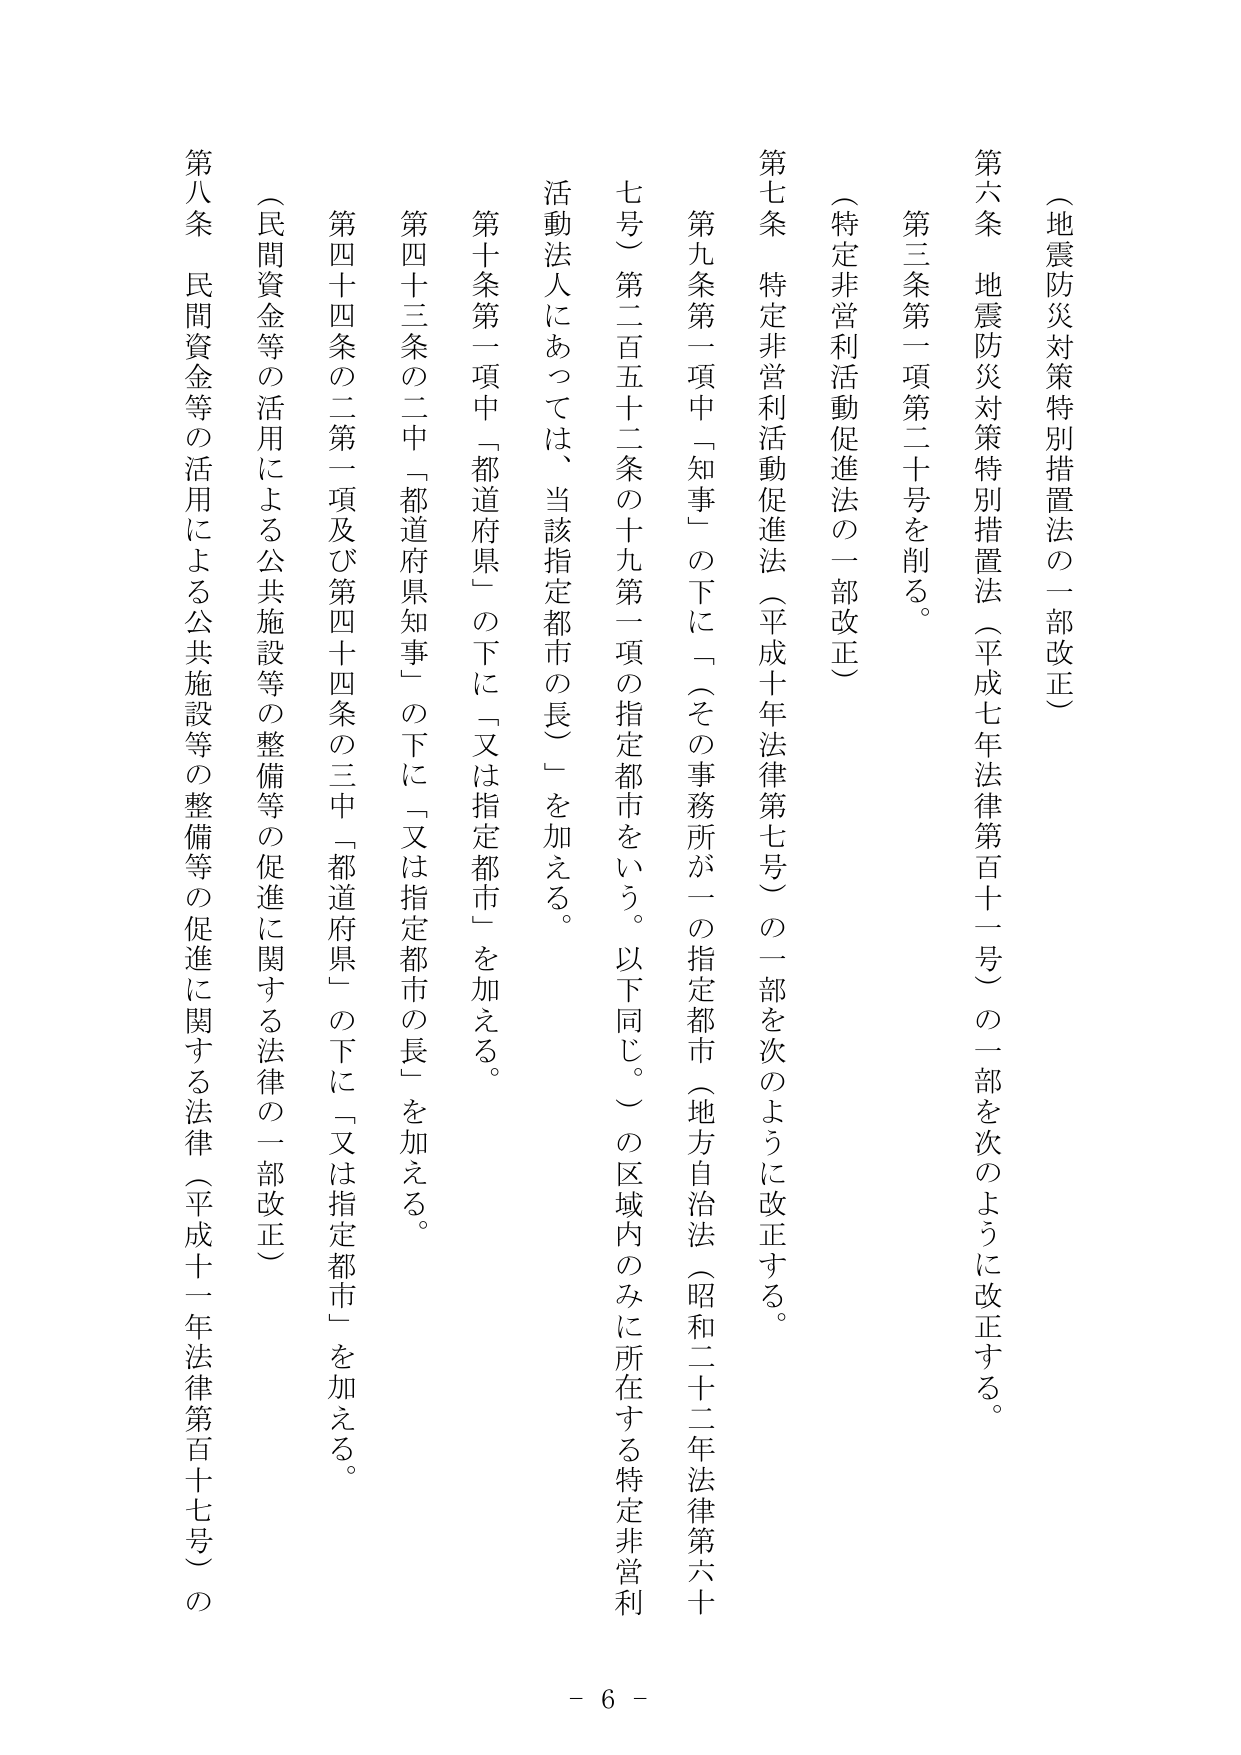
（地震防災対策特別措置法の一部改正）

第六条　地震防災対策特別措置法（平成七年法律第百十一号）の一部を次のように改正する。

　第三条第一項第二十号を削る。

（特定非営利活動促進法の一部改正）

第七条　特定非営利活動促進法（平成十年法律第七号）の一部を次のように改正する。

　第九条第一項中「知事」の下に「（その事務所が一の指定都市（地方自治法（昭和二十二年法律第六十号）第二百五十二条の十九第一項の指定都市をいう。以下同じ。）の区域内のみに所在する特定非営利活動法人にあっては、当該指定都市の長）」を加える。

　第十条第一項中「都道府県」の下に「又は指定都市」を加える。

　第四十三条の二中「都道府県知事」の下に「又は指定都市の長」を加える。

　第四十四条の二第一項及び第四十四条の三中「都道府県」の下に「又は指定都市」を加える。

（民間資金等の活用による公共施設等の整備等の促進に関する法律の一部改正）

第八条　民間資金等の活用による公共施設等の整備等の促進に関する法律（平成十一年法律第百十七号）の

－ 6 －